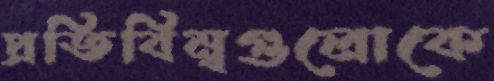
প্রতিবিম্বগুলোকে